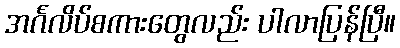
အင်္ဂလိပ်စကားတွေလည်း ပါလာပြန်ပြီ။